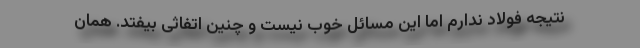
نتیجه فولاد ندارم اما این مسائل خوب نیست و چنین اتفاثی بیفتد. همان